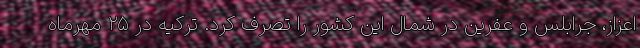
اعزاز، جرابلس و عفرین در شمال این کشور را تصرف کرد. ترکیه در ۲۵ مهرماه